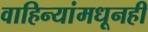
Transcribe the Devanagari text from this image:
वाहिन्यांमधूनही